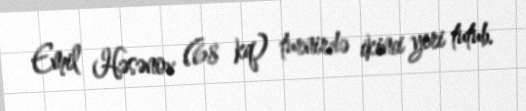
Emil Həsənov (68 kq) turnirdə ikinci yeri tutub.